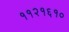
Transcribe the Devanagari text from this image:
११२१६१०